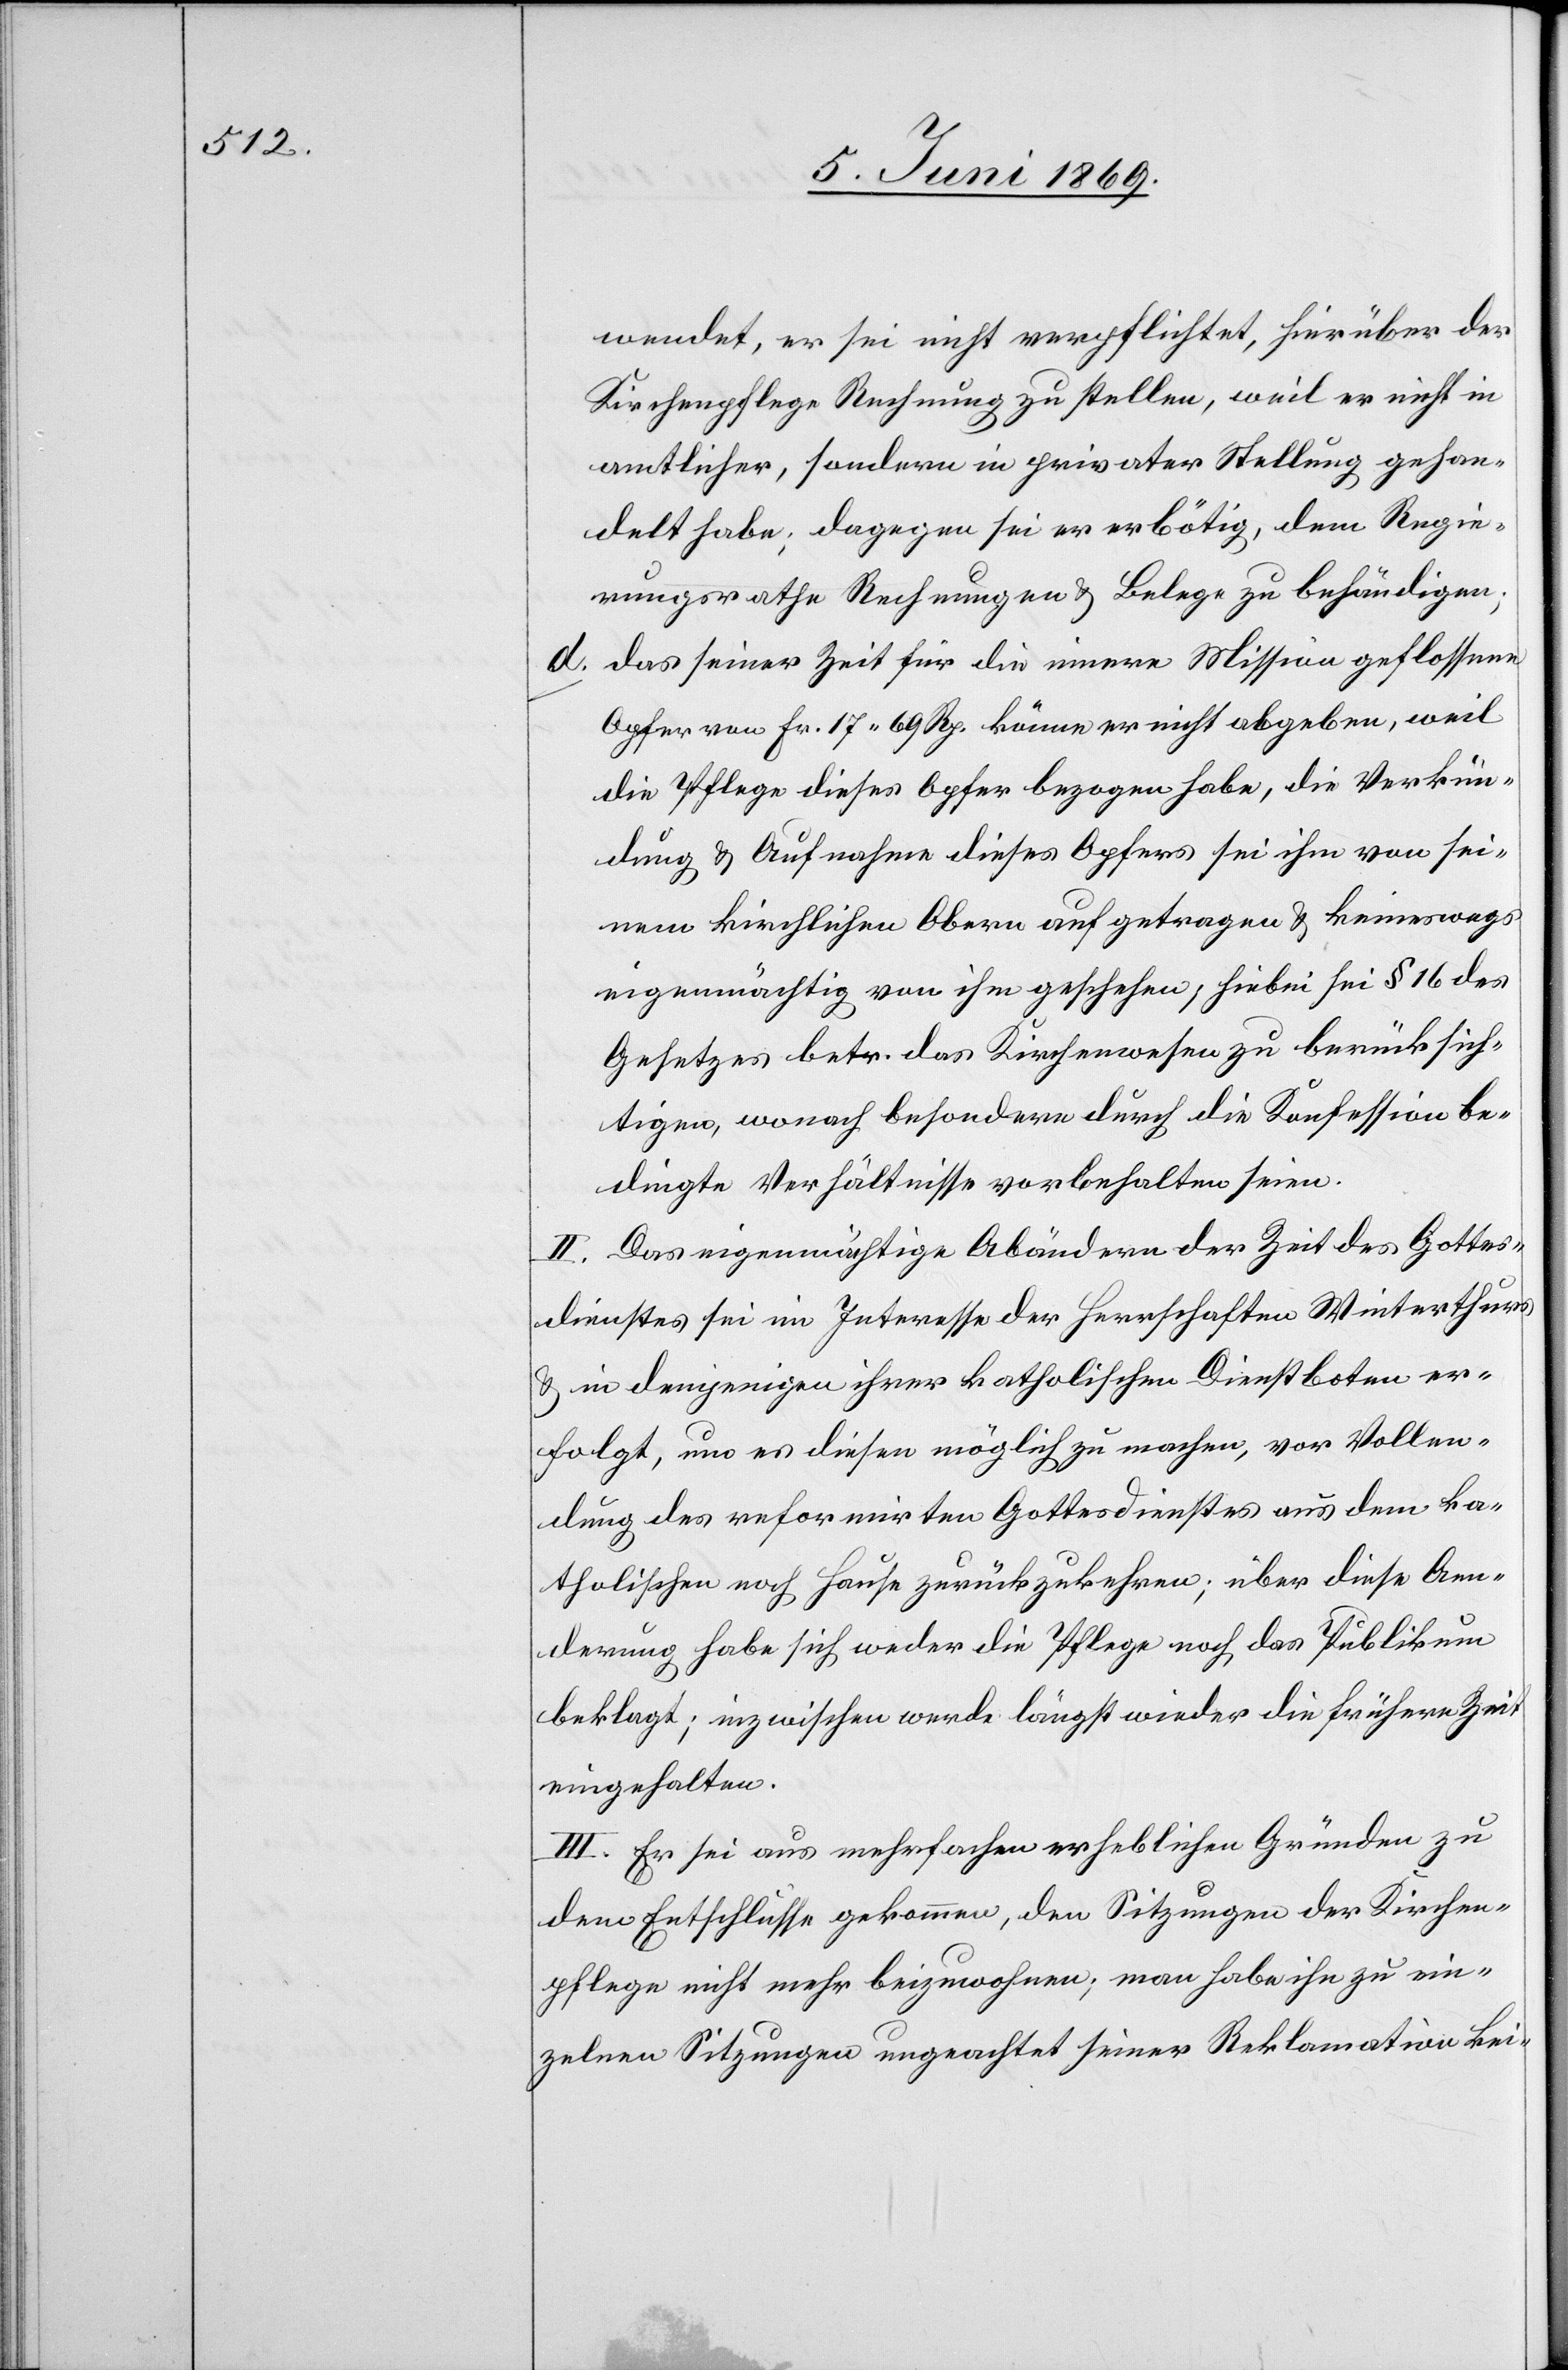
wendet, er sei nicht verpflichtet, hierüber der
Kirchenpflege Rechnung zu stellen, weil er nicht in
amtlicher, sondern in privater Stellung gehan¬
delt habe; dagegen sei er erbötig, dem Regie¬
rungsrathe Rechnungen u. Belege zu behändigen;
d. das seiner Zeit für die innere Mission geflossene
Opfer von Fr. 17.69 Rp. könne er nicht abgeben, weil
die Pflege dieses Opfer bezogen habe, die Verkün¬
dung u. Aufnahme dieses Opfers sei ihm von sei¬
nen kirchlichen Obern aufgetragen u. keineswegs
eigenmächtig von ihm geschehen, hiebei sei § 16 des
Gesetzes betr. das Kirchenwesen zu berücksich¬
tigen, wonach besondere durch die Konfession be¬
dingte Verhältnisse vorbehalten seien.
II. Das eigenmächtige Abändern der Zeit des Gottes¬
dienstes sei im Interesse der Herrschaften Winterthurs
u. in denjenigen ihrer katholischen Dienstboten er¬
folgt, um es diesen möglich zu machen, vor Vollen¬
dung des reformirten Gottesdienstes aus dem ka¬
tholischen nach Hause zurückzukehren, über diese Aen¬
derung habe sich weder die Pflege noch das Publikum
beklagt; inzwischen werde längst wieder die frühere Zeit
eingehalten.
III. Er sei aus mehrfachen erheblichen Gründen zu
dem Entschlusse gekommen, den Sitzungen der Kirchen¬
pflege nicht mehr beizuwohnen, man habe ihn zu ein¬
zelnen Sitzungen ungeachtet seiner Reklamation kei-